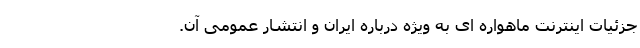
جزئیات اینترنت ماهواره ای به ویژه درباره ایران و انتشار عمومی آن.